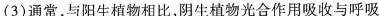
(3)通常，与阳生植物相比，阴生植物光合作用吸收与呼吸